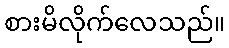
စားမိလိုက်လေသည်။